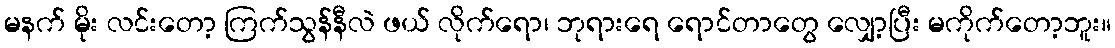
မနက် မိုး လင်းတော့ ကြက်သွန်နီလဲ ဖယ် လိုက်ရော၊ ဘုရားရေ ရောင်တာတွေ လျှော့ပြီး မကိုက်တော့ဘူး။